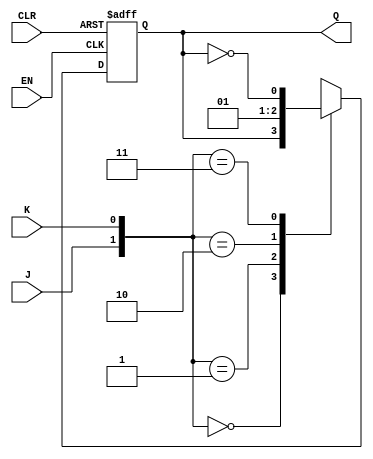
module JK_flip_flop(input J, K, EN, CLR, output reg Q); 
  initial begin 
    Q = 1'b0; 
  end 

  always @(posedge EN or negedge CLR) begin 
    if(CLR == 0) begin 
      Q <= 'bz; 
    end else 
    if(EN == 1) begin 
      case ({J, K}) 
        2'b00: Q <= Q;
        2'b01: Q <= 0;
        2'b10: Q <= 1; 
        2'b11: Q <= ~Q; 
      endcase 
    end 
  end 
endmodule 

module JK_sync_counter #(parameter w=3)(input clk, CLR_counter, output reg [w-1:0] count);
  
  wire [w:0]g;
  
  initial count=0;
  
  JK_flip_flop JK1(.J(1'b1), .EN(clk), .K(1'b1), .Q(g[0]), .CLR(CLR_counter));
  JK_flip_flop JK2(.J(g[0]), .EN(clk), .K(g[0]), .Q(g[1]), .CLR(CLR_counter));
  
  genvar i;
  generate
    for(i=2;i<=w;i=i+1)begin
      
      JK_flip_flop this_flip_flop(.J(&g[i-1:0]), .EN(clk) , .K(&g[i-1:0]), .Q(g[i]), .CLR(CLR_counter));
    end
  endgenerate
  
  always@(*)count=g[w:1];
  
endmodule

module JK_sync_counter_clear #(parameter w=3) (input clk, input [w-1:0] CLR_value, output  [w-1:0] count);
  
  wire g_CLR;  
  assign g_CLR=~(CLR_value==count);

  JK_sync_counter #(w) this_counter(.clk(clk), .CLR_counter(g_CLR), .count(count));
    
endmodule

module JK_sync_to_async #(parameter w=3)(input clk, input [w-1:0] CLR_value, output [w-1:0] count1, count2);
  
  wire g_CLR, h_CLR;
  
  assign g_CLR=~(CLR_value==count1);
  assign h_CLR=~(CLR_value==count2);

  JK_async_counter #(w) this_counter1(.clk(clk), .CLR_counter(g_CLR), .count(count1));
  JK_sync_counter #(w) this_counter2(.clk(clk), .CLR_counter(h_CLR), .count(count2));


endmodule

module JK_sync_counter_tb;
  
  localparam w=3;
  
  reg clk;
  reg [w-1:0] CLR_value;
  wire [w-1:0] count;
  
  initial begin
      clk = 0;
      CLR_value=3'b101;
      repeat(20) #2 clk = ~clk;
  end 
    
  initial begin

    $display("CLK\t COUNT\t");
    $monitor("clk:%b\t count:%b\t",clk, count);
  
  end
  
  JK_sync_counter_clear #(w) uut(.clk(clk), .count(count), .CLR_value(CLR_value));
  
endmodule

module JK_async_counter #(parameter w=3)(input clk, CLR_counter, output reg[w-1:0] count);
  
  wire [w:0] g;
  
  initial count=0;
  
  genvar i;
  generate
    for(i=0;i<w;i=i+1)begin
      
      JK_flip_flop this_flip_flop1(.J(1'b1), .K(1'b1), .EN(~g[i]), .CLR(CLR_counter) , .Q(g[i+1]));
      
    end
  endgenerate  
  
  assign g[0]= clk;
  always@(*)count=g[w:1];
  
endmodule

module JK_async_counter_clear #(parameter w=3)(input clk, input [w-1:0] CLR_value, output [w-1:0] count);
  
  wire g_CLR;
    
  assign g_CLR=~(CLR_value==count);

  JK_async_counter #(w) this_counter(.clk(clk), .CLR_counter(g_CLR), .count(count));
   
endmodule

module JK_async_counter_tb;
  
  localparam w=3;
  
  reg clk;
  
  reg [w-1:0] CLR_value;
  wire [w-1:0] count;
  
  initial begin
      clk = 0;
      CLR_value=3'b101;
      repeat(20) #2 clk = ~clk;
  end 
    
  initial begin

    $display("CLK\t COUNT\t");
    $monitor("clk:%b\t count:%b\t",clk, count);
  
  end
  
  JK_async_counter_clear #(w) uut(.clk(clk), .CLR_value(CLR_value), .count(count));
  
endmodule

module JK_async_sync_tb;
  
  localparam w=3;
  
  reg clk;
  
  reg [w-1:0] CLR_value;
  reg [w-1:0] CLR_value1;
  
  wire [w-1:0] count1;
  wire [w-1:0] count2;
  
  initial begin
      clk = 0;
      CLR_value=3'b101;
      CLR_value1=3'b101;
      repeat(20) #2 clk = ~clk;
  end 
    
  initial begin

    $display("CLK\t COUNT1\t COUNT2\t");
    $monitor("clk:%b\t count1:%b\t count2:%b\t",clk, count1, count2);
  
  end
  
  JK_async_counter_clear #(w) uut1(.clk(clk), .CLR_value(CLR_value), .count(count1));
  JK_sync_counter_clear #(w) uut2(.clk(clk), .CLR_value(CLR_value1), .count(count2));
  
endmodule